Vaccination United Provinces of Agra and Oudh 1902-1913 - 1902-1913
Year: 1902
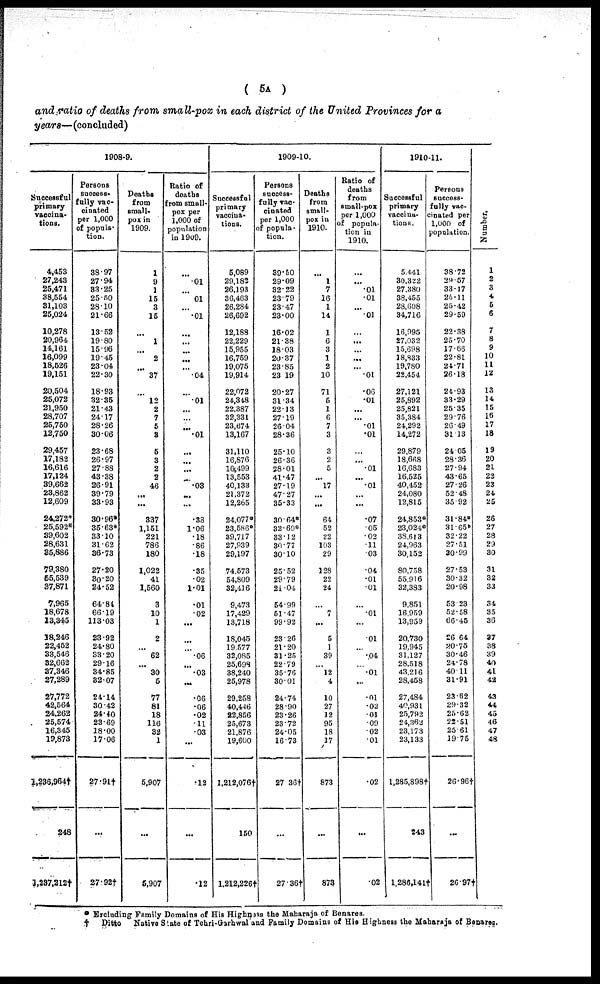
( 5A )
and ratio of deaths from small-pox in each district of the United Provinces for a
years— (concluded)
1908-9.
Successful
primary
vaccina-
tions.
4,453
27,243
25,471
38,554
31,103
25,024
10,278
20,964
14,161
16,099
18,526
19,151
20,504
25,072
21,950
28,707
25,750
12,750
29,457
17,182
16,616
17,124
39,662
23,862
12,609
24,272*
25,592*
39,602
28,631
35,886
79,380
55,539
37,871
7,965
18,678
13,345
18,246
22,452
33,546
32,662
37,346
27,289
27,772
42,564
24,262
25,574
16,345
19,873
1,236,964†
248
1,237,212†
Persons
success-
fully vac-
cinated
per 1,000
of popula-
tion.
38.97
27.94
33.25
25.50
28.10
21.66
13.52
19.80
15.96
19.45
23.04
22.30
18.93
32.35
21.43
24.17
28.26
30.06
23.68
26.97
27.88
43.38
26.91
39.79
33.93
30.96*
35.63*
33.10
31.62
36.73
27.20
30.20
24.52
64.84
66.19
113.03
23.92
24.80
33.20
29.16
34.85
32.07
24.14
30.42
24.40
23.69
18.00
17.06
27.91†
...
27.92†
Deaths
from
small-
pox in
1909.
1
9
1
15
3
15
...
1
...
2
...
37
...
12
2
7
5
3
5
3
2
2
46
...
...
337
1,151
221
786
180
1,022
41
1,560
3
10
1
2
...
62
...
30
5
77
81
18
116
32
1
5,907
...
5,907
Ratio of
deaths
from small-
pox per
1,000 of
population
in 1909.
...
.01
...
.01
...
.01
...
...
...
...
...
.04
...
.01
...
...
...
.01
...
...
...
...
.03
...
...
.38
1.06
.18
.86
.18
.35
.02
1.01
.01
.02
...
...
...
.06
...
.03
...
.06
.06
.02
.11
.03
...
.12
...
.12
1909-10.
Successful
primary
vaccina-
tions.
5,089
29,182
26,193
36,463
26,284
26,692
12,188
22,229
15,955
16,759
19,075
19,914
22,072
24,348
22,387
32,331
23,674
13,167
31,110
16,876
16,499
13,553
40,133
21.372
12,265
24,077*
23,586*
39,717
27,939
29,197
74,573
54,809
32,416
9,473
17,429
13,718
18,045
19,577
32,085
25,698
38,240
25,978
29,258
40,446
22,856
25,673
21,876
19,600
l,212,076†
150
1,212,226†
Persons
success-
fully vac-
cinated
per 1,000
of popula-
tion.
39.50
29.09
32.22
23.79
23.47
23.00
16.02
21.38
18.03
20.37
23.85
23.19
20.27
31.34
22.13
27.19
26.04
28.36
25.10
26.36
28.01
41.47
27.19
47.27
35.33
30.64*
32.69*
33.12
30.77
30.10
25.52
29.79
21.04
54.99
51.47
99.92
23.26
21.20
31.25
22.79
35.76
30.01
24.74
28.90
23.26
23.72
24.05
16.73
27.36†
...
27.36†
Deaths
from
small-
pox in
1910.
...
1
7
16
1
14
1
6
3
1
2
10
71
5
1
6
7
3
3
2
5
...
17
...
...
64
52
22
103
29
128
22
24
...
7
...
5
1
39
...
12
4
10
27
12
95
18
17
873
...
873
Ratio of
deaths
from
small-pox
per 1,000
of popula-
tion in
1910.
...
...
.01
.01
...
.01
...
...
...
...
...
.01
.06
.01
...
...
.01
.01
...
...
.01
...
.01
...
...
.07
.05
.02
.11
.03
.04
.01
.01
...
.01
...
.01
...
.04
...
.01
...
.01
.02
.01
.09
.02
.01
.02
...
.02
1910-11.
Successful
primary
vaccina-
tions.
5,441
30,322
27,380
38,455
28,608
34,716
16,995
27,032
15,698
18,833
19,780
22,454
27,121
25,892
25,821
35,384
24,292
14,272
29,879
18,668
16,683
16,525
40,452
24,080
12,815
24,853*
23,024*
38,613
24,963
30,152
80,758
55,916
32,383
9,851
16,959
13,959
20,730
19,945
31,127
28,518
43,216
28,458
27,484
40,931
25,792
24,362
23,173
23,133
1,285,898†
243
1,286,141†
Persons
success-
fully vac-
cinated per
1,000 of
population.
38.72
29.57
33.17
25.11
25.42
29.59
22.38
25.70
17.66
22.81
24.71
26.18
24.93
33.29
25.35
29.76
26.49
31.13
24.05
28.36
27.94
43.65
27.26
52.48
35.92
31.84*
31.65*
32.22
27.51
30.99
27.53
30.32
20.98
53.23
52.58
66.45
26.64
20.75
30.46
24.78
40.11
31.91
23.62
29.32
25.62
22.51
25.61
19.75
26.96†
...
26.97†
Number.
1
2
3
4
5
6
7
8
9
10
11
12
13
14
15
16
17
18
19
20
21
22
23
24
25
26
27
28
29
30
31
32
33
34
35
36
37
38
39
40
41
42
43
44
45
46
47
48
* Excluding Family Domains of His Highness the Maharaja of Benares.
†
Ditto
Native State of Tehri-Garhwal and Family Domains of His Highness the Maharaja of Benares.